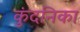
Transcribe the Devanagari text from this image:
कुंदनिका